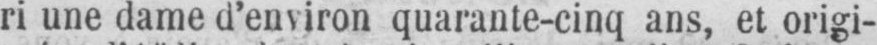
ri une dame d’environ quarante-cinq ans, et origi-